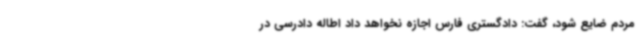
مردم ضایع شود، گفت: دادگستری فارس اجازه نخواهد داد اطاله دادرسی در